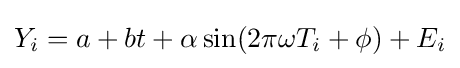
Y_{i}=a+bt+\alpha \sin(2\pi \omega T_{i}+\phi )+E_{i}